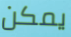
يمكن